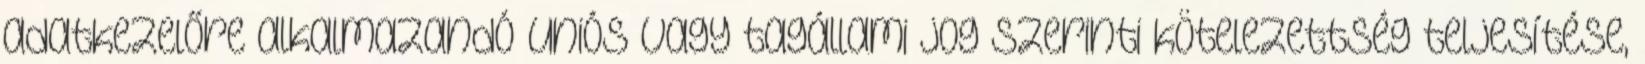
adatkezelőre alkalmazandó uniós vagy tagállami jog szerinti kötelezettség teljesítése,